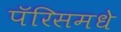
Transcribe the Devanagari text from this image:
पॅरिसमधे